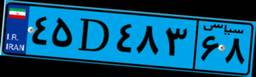
۷۳D۸۱۳۲۴